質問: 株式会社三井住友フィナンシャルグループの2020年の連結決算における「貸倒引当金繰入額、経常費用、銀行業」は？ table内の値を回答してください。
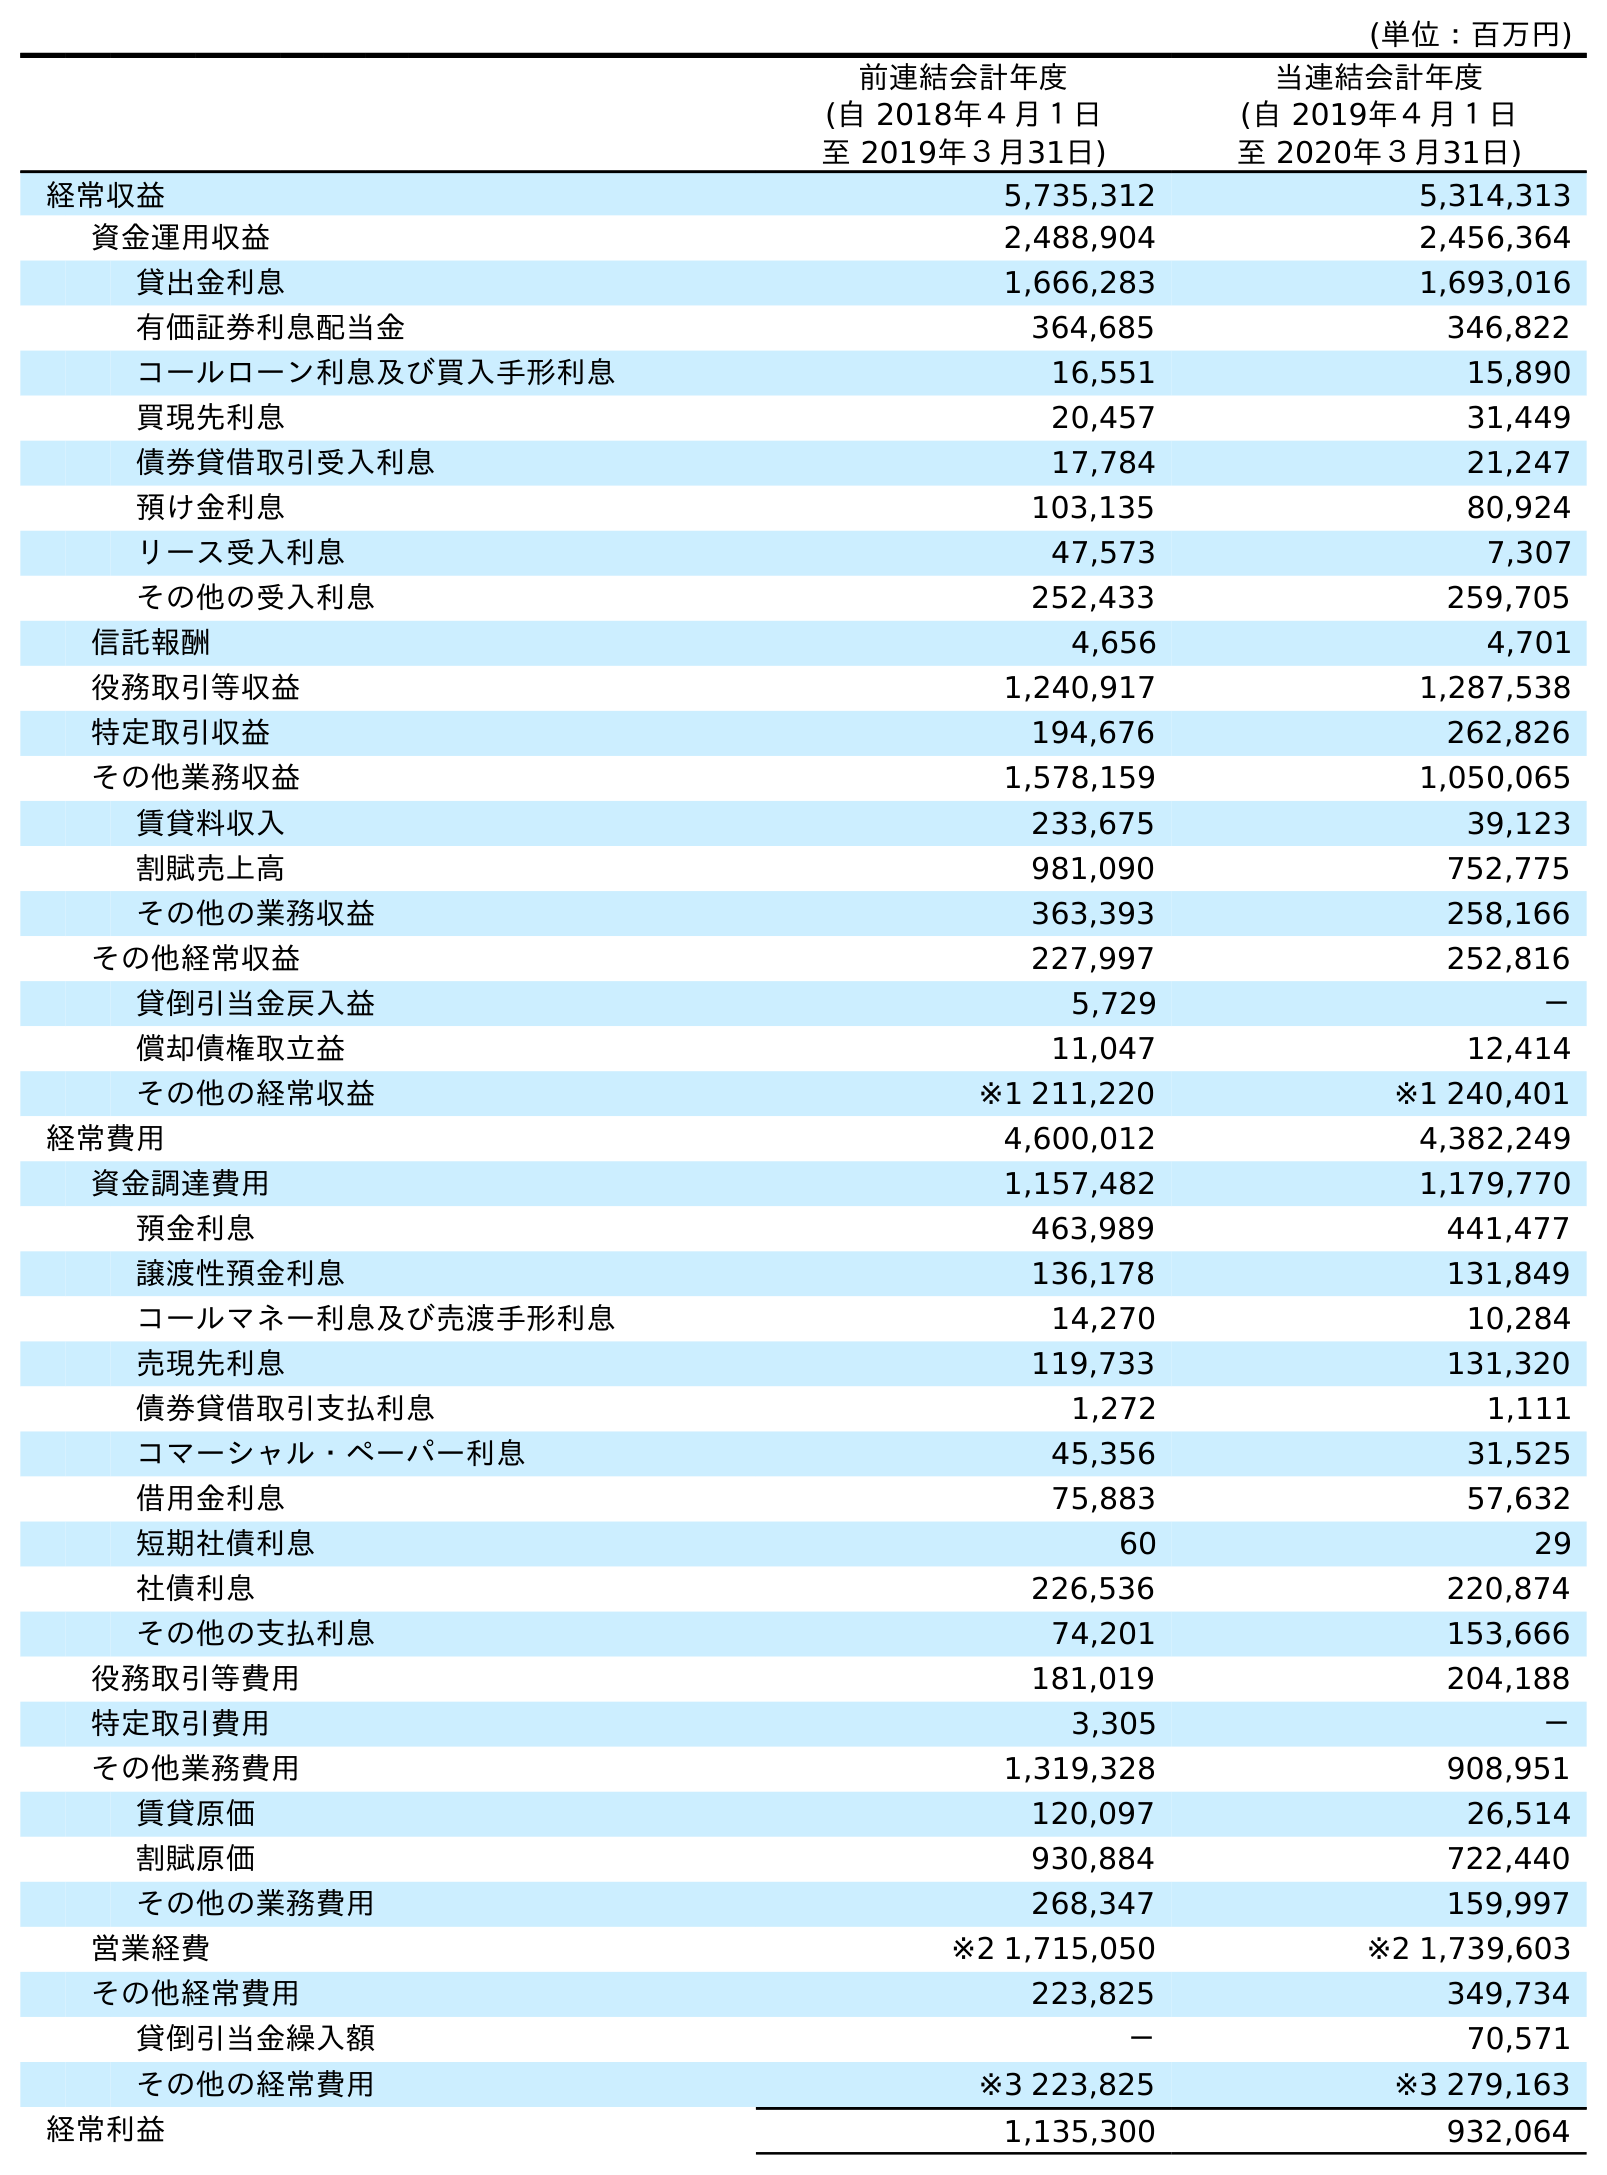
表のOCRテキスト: (単位：百万円) 前連結会計年度 (自 2018年４月１日 至 2019年３月31日) 当連結会計年度 (自 2019年４月１日 至 2020年３月31日) 経常収益 5,735,312 5,314,313 資金運用収益 2,488,904 2,456,364 貸出金利息 1,666,283 1,693,016 有価証券利息配当金 364,685 346,822 コールローン利息及び買入手形利息 16,551 15,890 買現先利息 20,457 31,449 債券貸借取引受入利息 17,784 21,247 預け金利息 103,135 80,924 リース受入利息 47,573 7,307 その他の受入利息 252,433 259,705 信託報酬 4,656 4,701 役務取引等収益 1,240,917 1,287,538 特定取引収益 194,676 262,826 その他業務収益 1,578,159 1,050,065 賃貸料収入 233,675 39,123 割賦売上高 981,090 752,775 その他の業務収益 363,393 258,166 その他経常収益 227,997 252,816 貸倒引当金戻入益 5,729 － 償却債権取立益 11,047 12,414 その他の経常収益 ※1 211,220 ※1 240,401 経常費用 4,600,012 4,382,249 資金調達費用 1,157,482 1,179,770 預金利息 463,989 441,477 譲渡性預金利息 136,178 131,849 コールマネー利息及び売渡手形利息 14,270 10,284 売現先利息 119,733 131,320 債券貸借取引支払利息 1,272 1,111 コマーシャル・ペーパー利息 45,356 31,525 借用金利息 75,883 57,632 短期社債利息 60 29 社債利息 226,536 220,874 その他の支払利息 74,201 153,666 役務取引等費用 181,019 204,188 特定取引費用 3,305 － その他業務費用 1,319,328 908,951 賃貸原価 120,097 26,514 割賦原価 930,884 722,440 その他の業務費用 268,347 159,997 営業経費 ※2 1,715,050 ※2 1,739,603 その他経常費用 223,825 349,734 貸倒引当金繰入額 － 70,571 その他の経常費用 ※3 223,825 ※3 279,163 経常利益 1,135,300 932,064
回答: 70,571